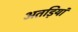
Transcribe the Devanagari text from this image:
अतड़ियां